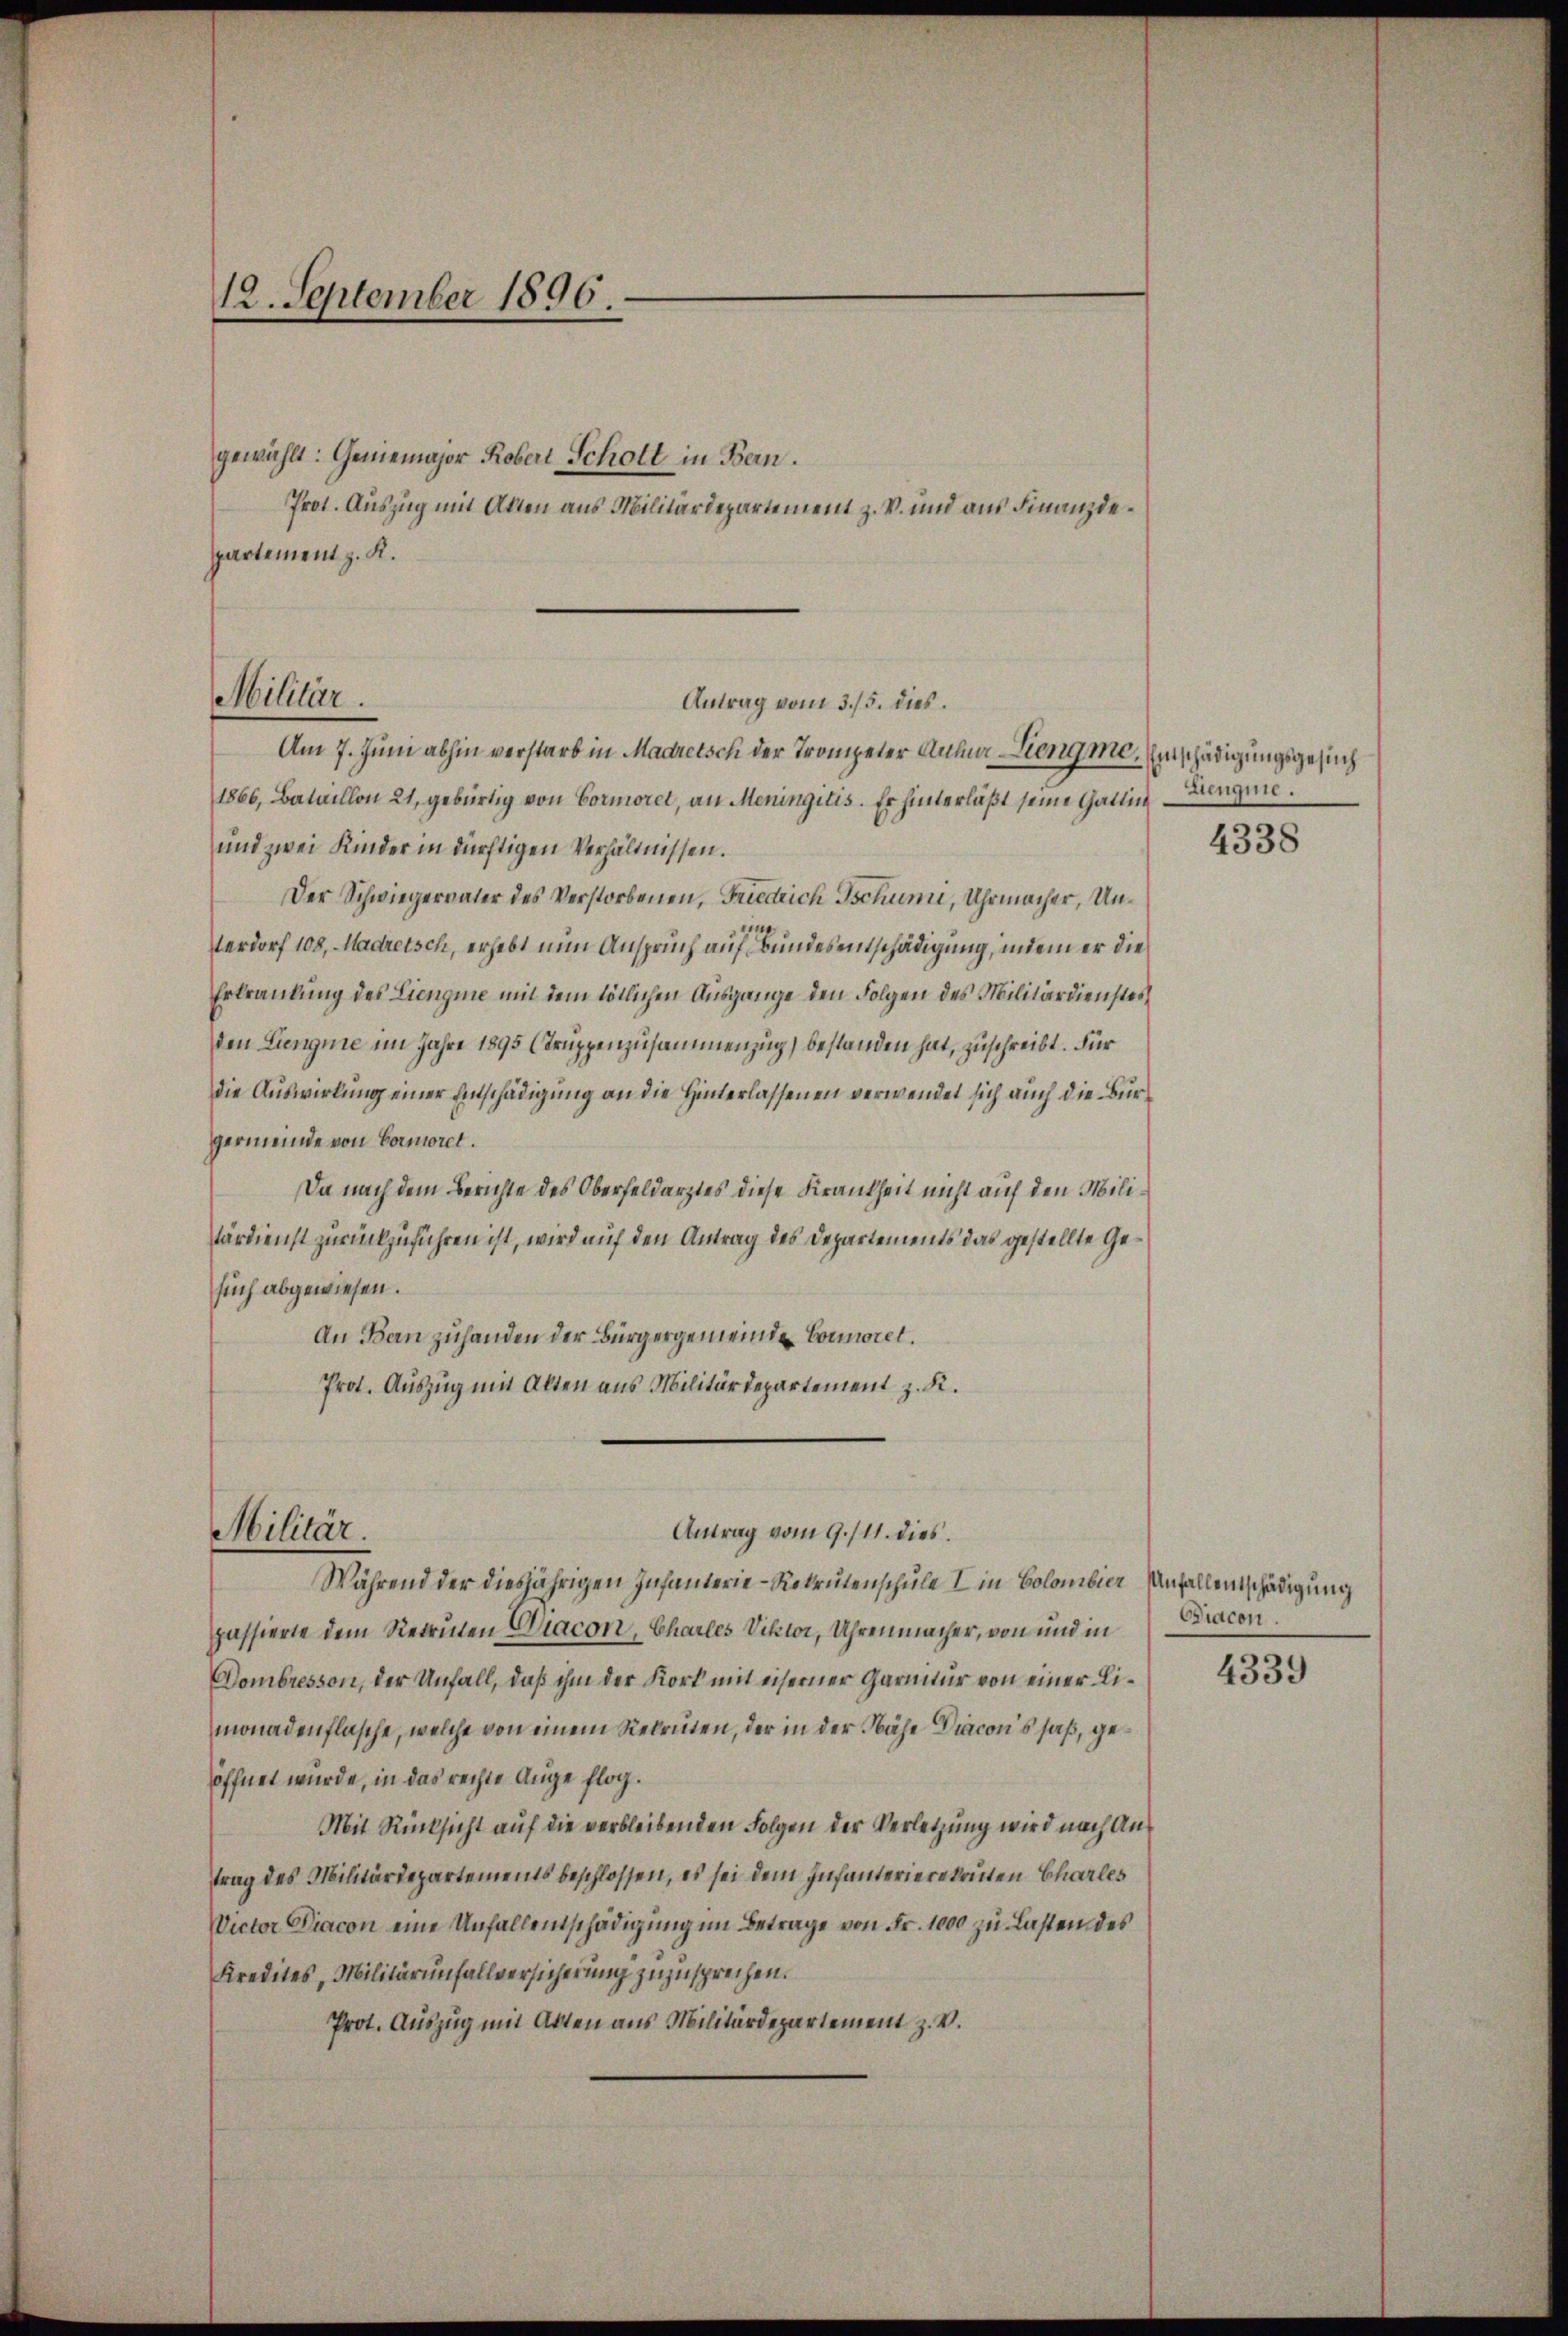
12. September 1896.

gewählt: Geniemajor Robert Scholt in Bern.
Prot. Auszug mit Atten aus Militärdepartement z. B. und aus Finanzdepartement z. K.

Militär.

Militär.

Am 7. Juni abhin verstarb in Madretsch der Trompeter Aula Liengme. Einschädigungsgesuch
1866, Bataillon 21, gebürtig von Cormoret, an Meningitis. Es hinterläßt seine Gattin Lengne.
und zwei Kinder in dürftigen Verhältnissen.
Der Schwiegervater des Verstorbenen, Friedrich Tschung, Uhrmacher, Unterdorf 108, Madretsch, erhebt nun Anspruch auf Bundesentschädigung, indem er die
Erkrankung des Liengie mit dem lötlichen Ausgange den Folgen des Militärdienstes
den Lengnie im Jahre 1895 (Truppenzusammenzug) bestanden hat, zuschreibt. Für
die Auswirkung einer Entschädigung an die Hinterlassenen verwendet sich auch die Bürgermeinde von Cormoret.
Da nach dem Berichte des Oberfeldarztes diese Krankheit nicht auf den Militärdienst zurückzuführen ist, wird auf den Antrag des Departements das gestellte Gesuch abgewiesen.
An Bau zuhanden der Bürgergemeinde Connoiel.
Prot. Auszug mit Alten aus Militärdepartement z. K.

Antrag vom 3./5. dies

Antrag vom 9./11. dies

Während der diesjährigen Infanterie-Rekrutenschule I in Colombier Anfallentschädigung
passierte dem Recruten Diacon, Charles Viktoi, Uhrenmacher, von und in Bracon
Dombresson, der Unfall, daß ihm der Kork mit eiserner Garnitur von einer Limonadenflasche, welche von einem Rekruten, der in der Nähe Diacon’s saß, geöffnet wurde, in das rechte Auge flog.
Mit Rücksicht auf die verbleibenden Folgen der Verletzung wird nach Antrag des Militärdepartements beschlossen, es sei dem Infanterierekruten Charles
Victor Diacon eine Unfallentschädigung im Betrage von Fr. 1000 zu Lasten des
Kredites, Militärinfallversicherung zuzusprechen.
Prot. Auszug mit Akten aus Militärdepartement z. V.

4338

4339